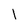
Character: l